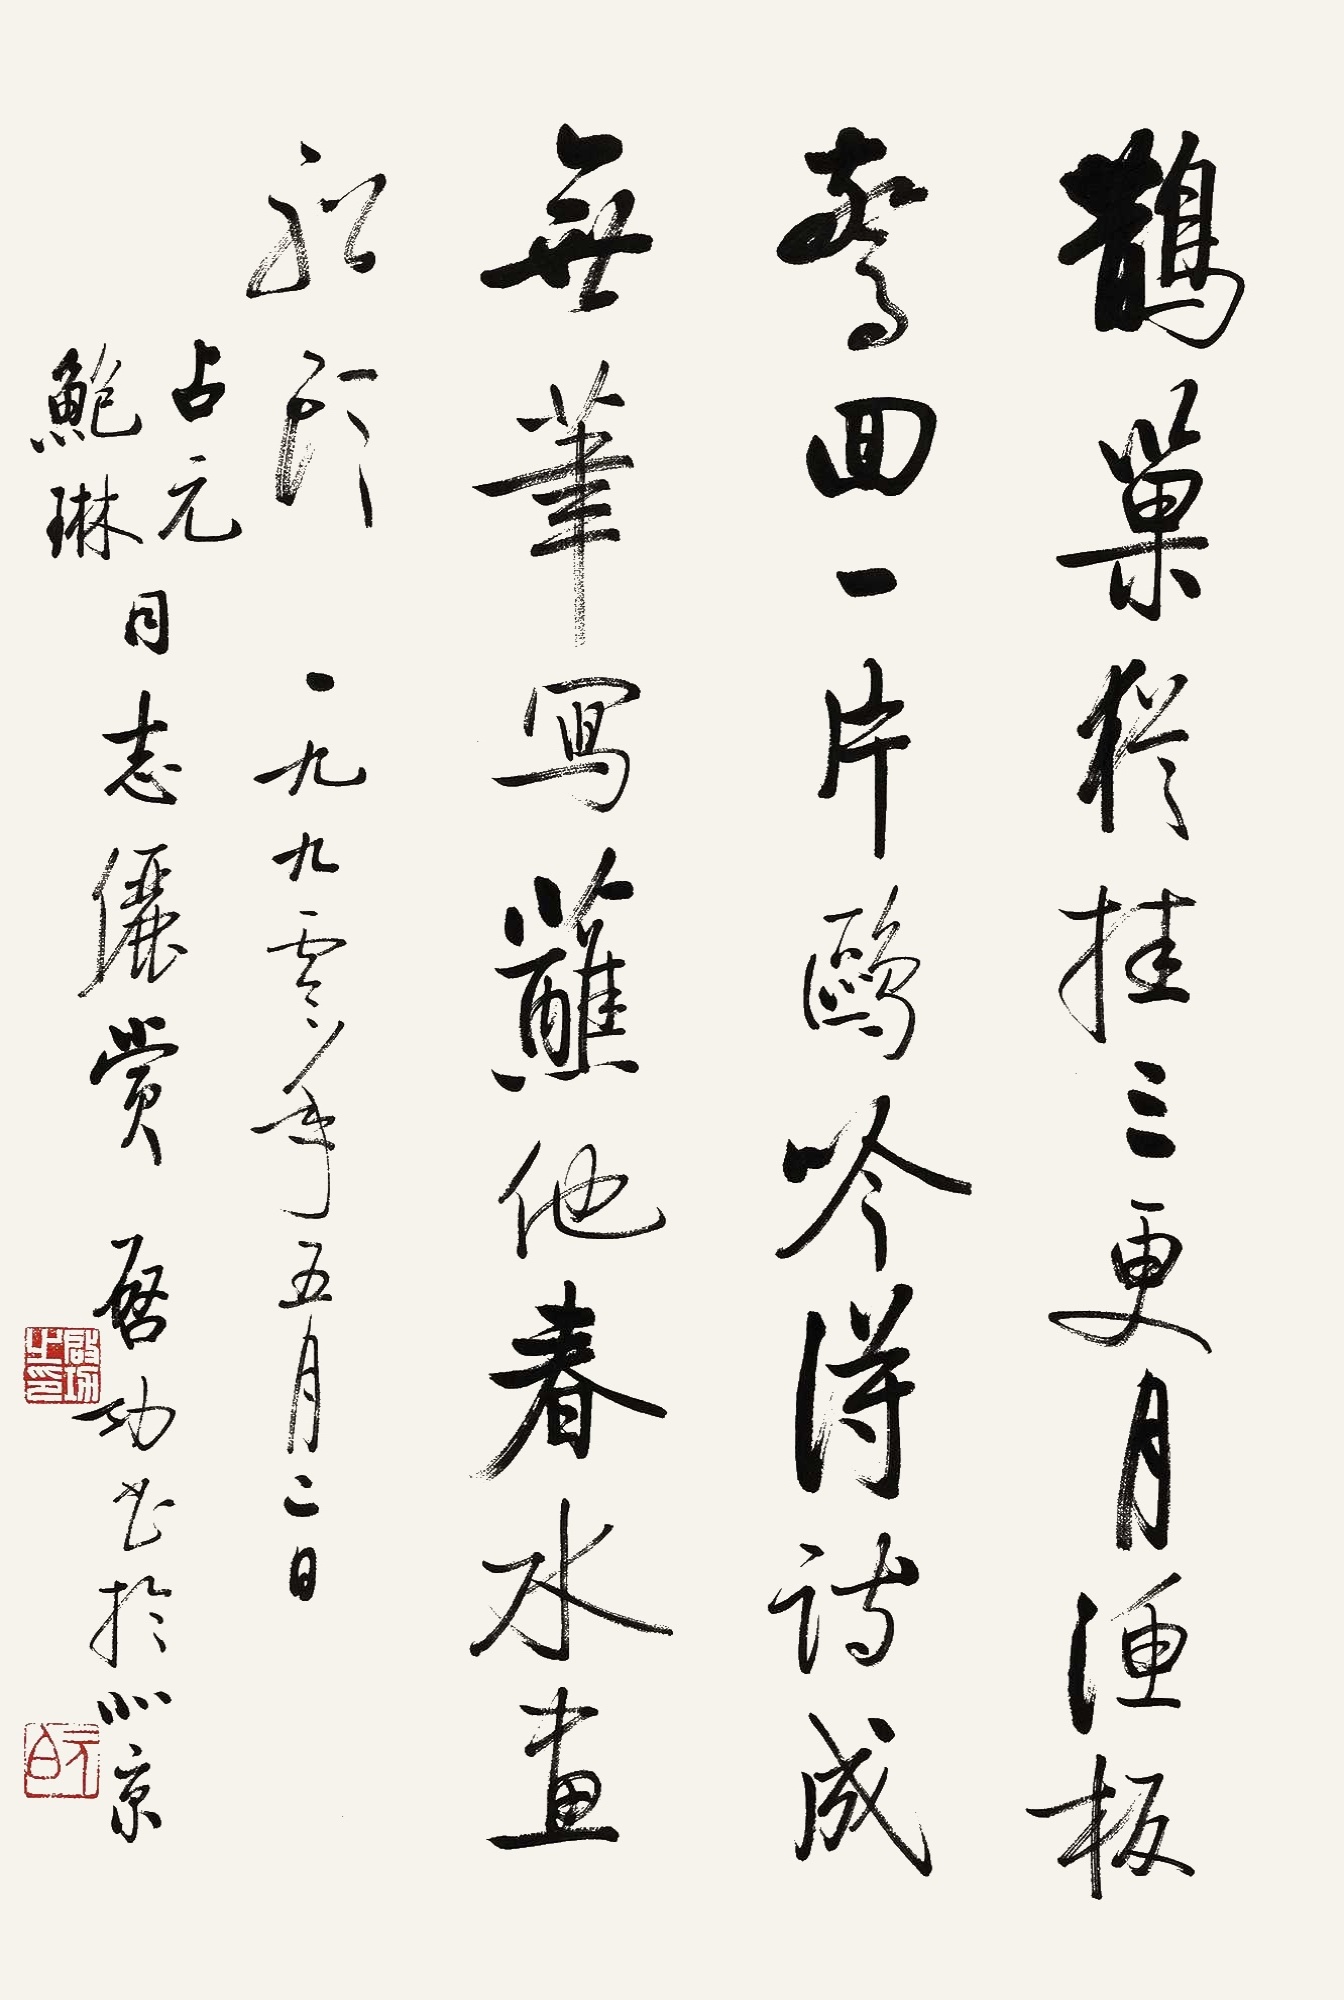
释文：鹊巢犹挂三更月，渔板惊回一片鸥。吟得诗成无笔写，蘸他春水画船头。一九九零年五月二日，占元、鲍琳同志俪赏。启功书于北京。